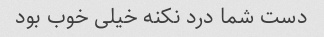
دست شما درد نکنه خیلی خوب بود